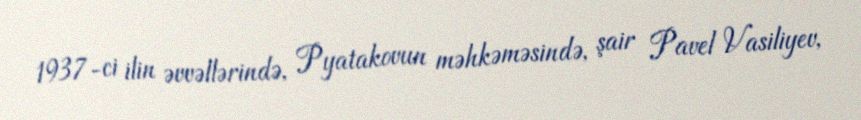
1937-ci ilin əvvəllərində, Pyatakovun məhkəməsində, şair Pavel Vasiliyev,